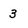
Character: 3